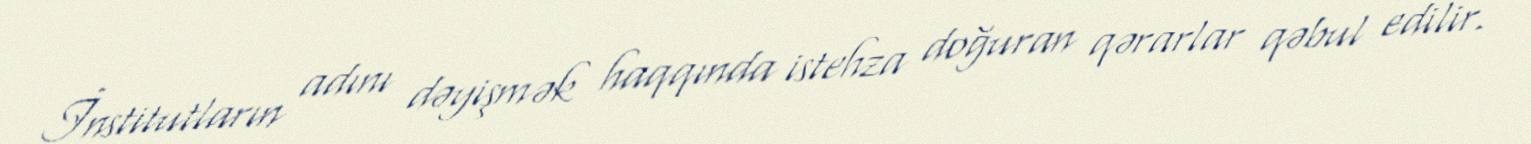
İnstitutların adını dəyişmək haqqında istehza doğuran qərarlar qəbul edilir.